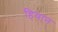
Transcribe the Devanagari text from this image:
हियान